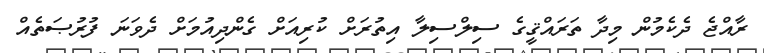
ރާއްޖެ ދެކެމުން މިދާ ތަރައްޤީގެ ސިލްސިލާ އިތުރަށް ކުރިއަށް ގެންދިއުމަށް ދެވަނަ ފުރުޞަތެއް